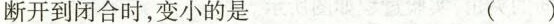
断开到闭合时，变小的是 ()